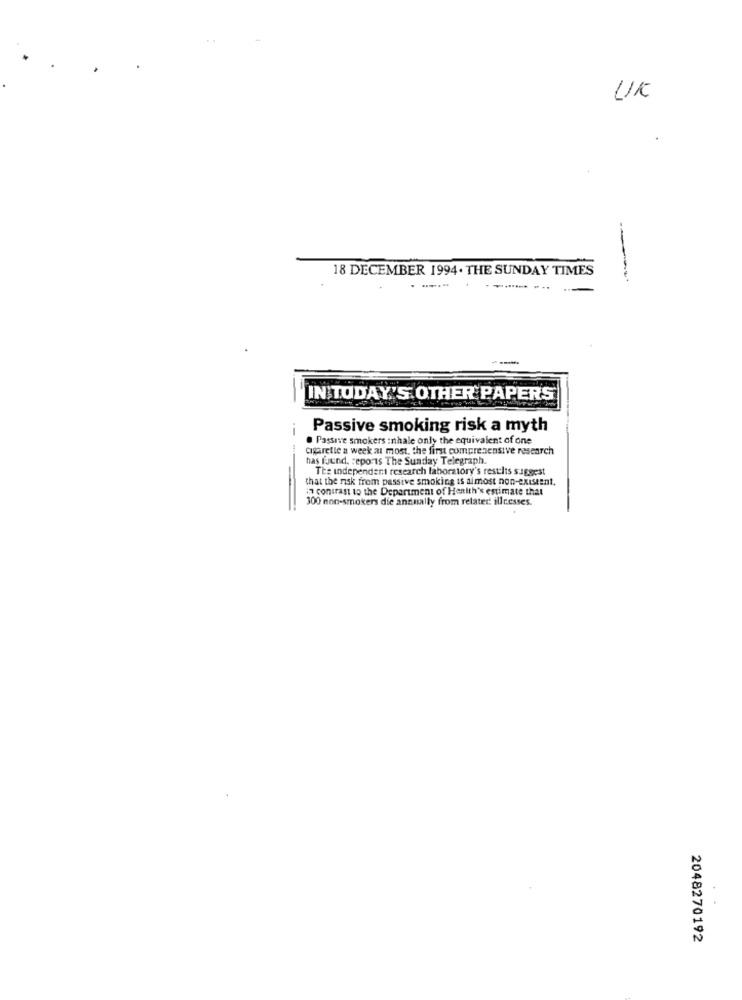
UK
18 DECEMBER 1994. THE SUNDAY TIMES
IN TODAY'S OTHER PAPERS
Passive smoking risk a myth
. Passive smokers :nhale only the equivalent of one
cigarette a week al most, the first comprehensive research
has found. reports The Sunday Telegraph.
The independent research laboratory's results suggest
-
that the risk from passive smoking is almost non-existent.
in contrast to the Department of Health's estimate that
300 non-smokers die annually from related illnesses.
2048270192